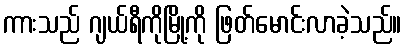
ကားသည် ဂျယ်ရီကိုမြို့ကို ဖြတ်မောင်းလာခဲ့သည်။